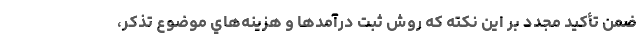
ضمن تأكيد مجدد بر اين نكته كه روش ثبت درآمدها و هزينه‌هاي موضوع تذكر،